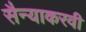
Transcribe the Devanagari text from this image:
सैन्याकरवी